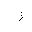
Letter: _zay